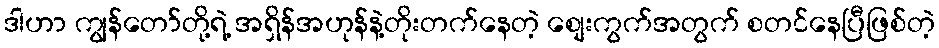
ဒါဟာ ကျွန်တော်တို့ရဲ့ အရှိန်အဟုန်နဲ့တိုးတက်နေတဲ့ စျေးကွက်အတွက် စတင်နေပြီဖြစ်တဲ့